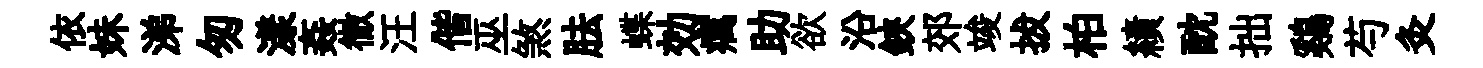
依妹涕匆漾姦徹汪偕巫煞胠蝶効癘助欲沿鋏郊竣拔柏績酖拙鷄芍灸